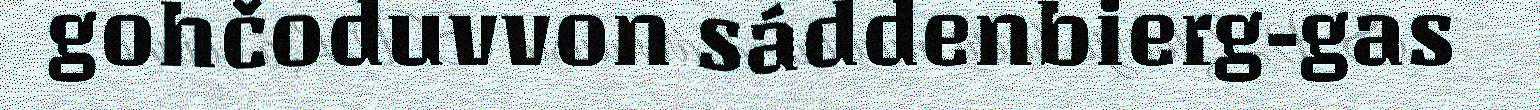
gohčoduvvon sáddenbierg-gas